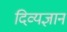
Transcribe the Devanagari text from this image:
दिव्यज्ञानं